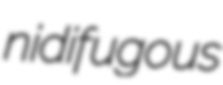
nidifugous